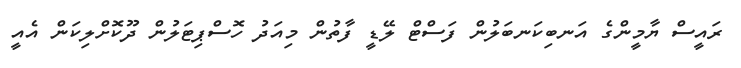
ރައީސް ޔާމީންގެ އަނބިކަނބަލުން ފަސްޓް ލޭޑީ ފާތުން މިއަދު ހޮސްޕިޓަލުން ދޫކޮށްލިކަން އެއީ